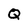
Character: Q